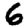
Digit: 6